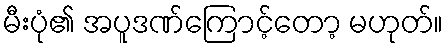
မီးပုံ၏ အပူဒဏ်ကြောင့်တော့ မဟုတ်။